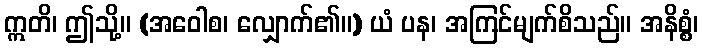
ဣတိ၊ ဤသို့။ (အဝေါစ၊ လျှောက်၏။) ယံ ပန၊ အကြင်မျက်စိသည်။ အနိစ္စံ၊